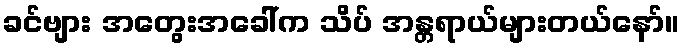
ခင်ဗျား အတွေးအခေါ်က သိပ် အန္တရာယ်များတယ်နော်။